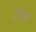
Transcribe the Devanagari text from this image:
३९७०